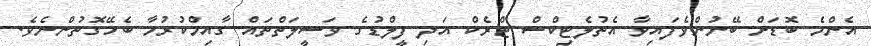
އެންމެ ބޮޑަށް ބޭނުންވެފައިވާ އެތުލެޓިކްސް ޓްރެކް އަދި ފީލްޑުގެ ވަސީލަތްތައް ގާއިމްކުރުމާ ބެހޭގޮތުންނެވެ.